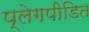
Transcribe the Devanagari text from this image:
प्लेगपीडित